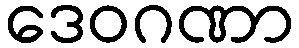
ဒေဝဂဏာ